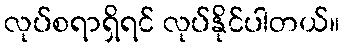
လုပ်စရာရှိရင် လုပ်နိုင်ပါတယ်။